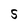
Character: S